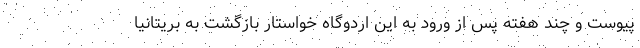
پیوست و چند هفته پس از ورود به این اردوگاه خواستار بازگشت به بریتانیا